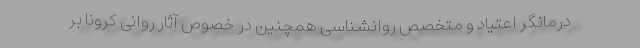
درمانگر اعتیاد و متخصص روانشناسی همچنین در خصوص آثار روانی کرونا بر